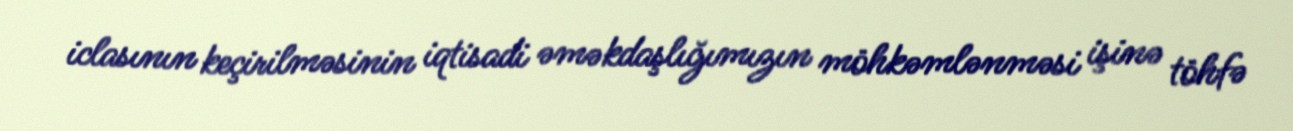
iclasının keçirilməsinin iqtisadi əməkdaşlığımızın möhkəmlənməsi işinə töhfə